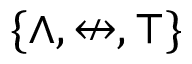
\{ \land , \nleftrightarrow , \top \}